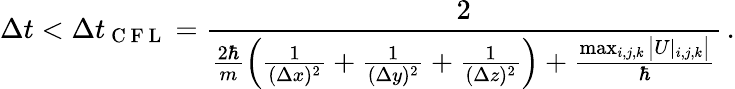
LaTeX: \Delta t<\Delta t_{\mathrm{~C~F~L~}}=\frac{2}{\frac{2\hbar}{m}\left(\frac{1}{(\Delta x)^{2}}+\frac{1}{(\Delta y)^{2}}+\frac{1}{(\Delta z)^{2}}\right)+\frac{\operatorname*{max}_{i,j,k}\big|U|_{i,j,k}\big|}{\hbar}}\, .